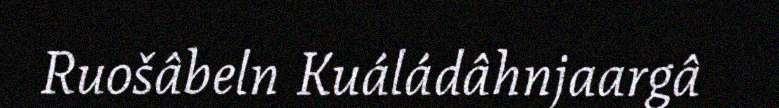
Ruošâbeln Kuáládâhnjaargâ